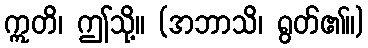
ဣတိ၊ ဤသို့။ (အဘာသိ၊ ရွတ်၏။)